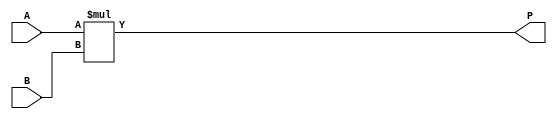
module multiplier_2x2 (
    input wire [1:0] A, // 2A
    input wire [1:0] B, // 2B
    output reg [3:0] P // 4P
);

  

    always @ (*) begin
        P = A * B; // 
    end

endmodule